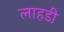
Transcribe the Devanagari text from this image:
लाहडी